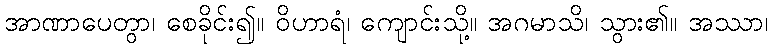
အာဏာပေတွာ၊ စေခိုင်း၍။ ဝိဟာရံ၊ ကျောင်းသို့။ အဂမာသိ၊ သွား၏။ အဿာ၊